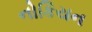
નોકિયન